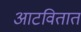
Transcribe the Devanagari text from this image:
आटवितात